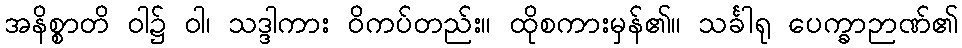
အနိစ္စာတိ ဝါ၌ ဝါ၊ သဒ္ဒါကား ဝိကပ်တည်း။ ထိုစကားမှန်၏။ သင်္ခါရု ပေက္ခာဉာဏ်၏